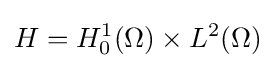
H=H_{0}^{1}(\Omega )\times L^{2}(\Omega )